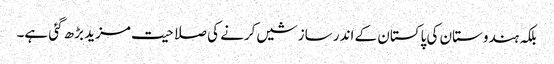
بلکہ ہندوستان کی پاکستان کے اندر سازشیں کرنے کی صلاحیت مزید بڑھ گئی ہے۔